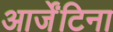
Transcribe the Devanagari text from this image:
आर्जेंटिना